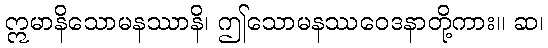
ဣမာနိသောမနဿာနိ၊ ဤသောမနဿဝေဒနာတို့ကား။ ဆ၊